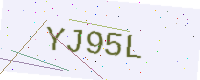
Text: YJ95L